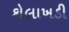
કોલાખડી